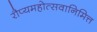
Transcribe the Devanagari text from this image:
रौप्यमहोत्सवानिमित्त